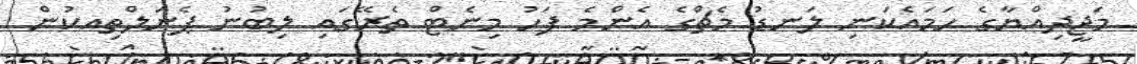
މަޖީދިއްޔާގެ ހަމައެކަނި ލަނޑު މެޗްގެ އެންމެ ފަހު މިނެޓް ތެރޭގައި ލިބުނު ޕެނަލްތިއކުން